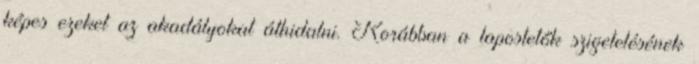
képes ezeket az akadályokat áthidalni. Korábban a lapostetők szigetelésének